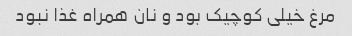
مرغ خیلی کوچیک بود و نان همراه غذا نبود